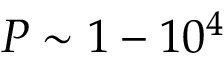
P \sim 1 - 1 0 ^ { 4 }